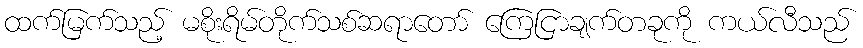
ထက်မြက်သည့် မစိုးရိမ်တိုက်သစ်ဆရာတော် ကြေငြာချက်တခုကို ကယ်လီသည်